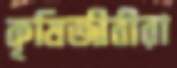
কৃষিজীবীরা